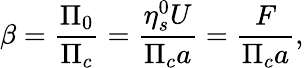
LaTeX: \beta=\frac{\Pi_{0}}{\Pi_{c}}=\frac{\eta_{s}^{0}U}{\Pi_{c}a}=\frac{F}{\Pi_{c}a},